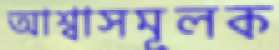
আশ্বাসমূলক